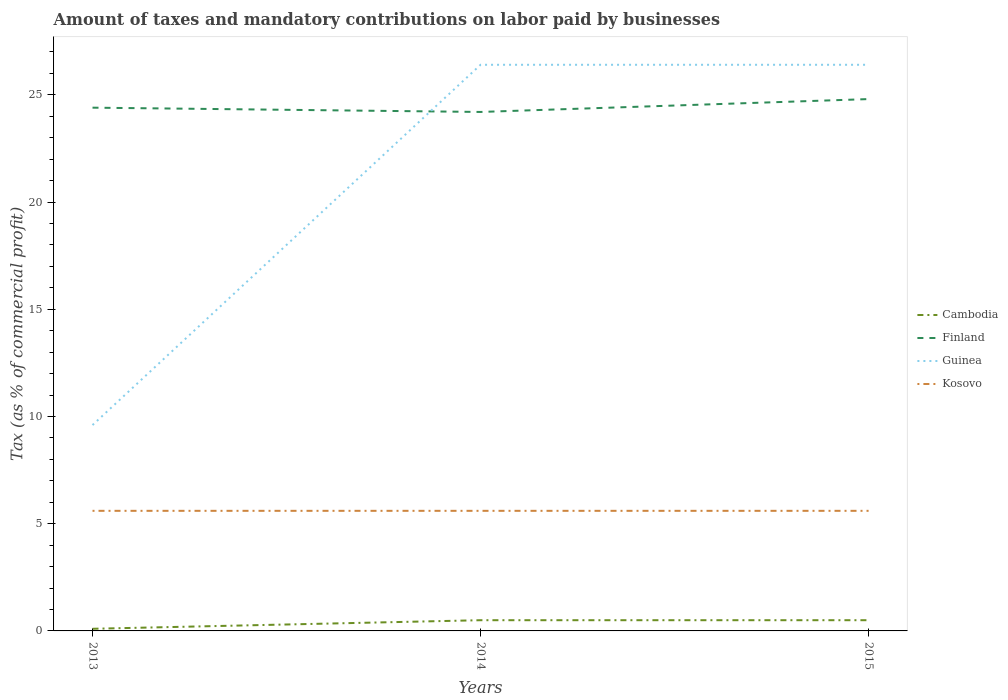
| Years | Cambodia | Finland | Guinea | Kosovo |
 | --- | --- | --- | --- | --- |
 | 2013 | 0.1 | 24.4 | 9.6 | 5.6 |
 | 2014 | 0.5 | 24.2 | 26.4 | 5.6 |
 | 2015 | 0.5 | 24.8 | 26.4 | 5.6 |